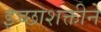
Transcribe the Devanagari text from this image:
इच्छाशक्तीने